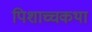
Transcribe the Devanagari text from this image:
पिशाच्चकथा